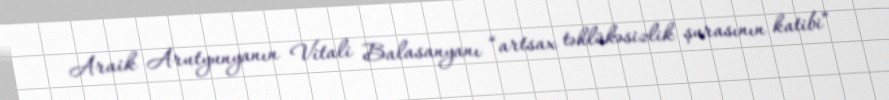
Araik Arutyunyanın Vitali Balasanyanı “artsax təhlükəsizlik şurasının katibi”